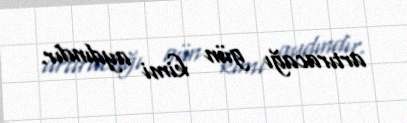
artıracağı gün kimi aydındır.